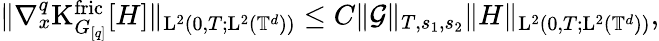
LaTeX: \begin{array}{r}{\Vert\nabla_{x}^{q}\mathrm{K}_{G_{[q]}}^{\mathrm{fric}}[H]\Vert_{\mathrm{L}^{2}(0,T;\mathrm{L}^{2}(\mathbb T^{d}))}\leq C\Vert\mathcal{G}\Vert_{T,s_{1},s_{2}}\Vert H\Vert_{\mathrm{L}^{2}(0,T;\mathrm{L}^{2}(\mathbb T^{d}))},}\end{array}